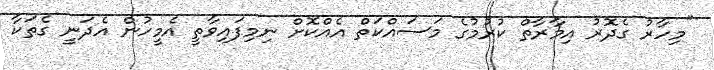
"މިހާރު ގެދޮރު އިމާރާތް ކުރުމުގެ މަސައްކަތް އެއްކޮށް ނިމިފައިވާތީ އެމީހުން އެދަނީ ގެތަކާ